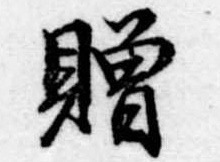
贈